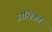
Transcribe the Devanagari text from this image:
ऱाधिका